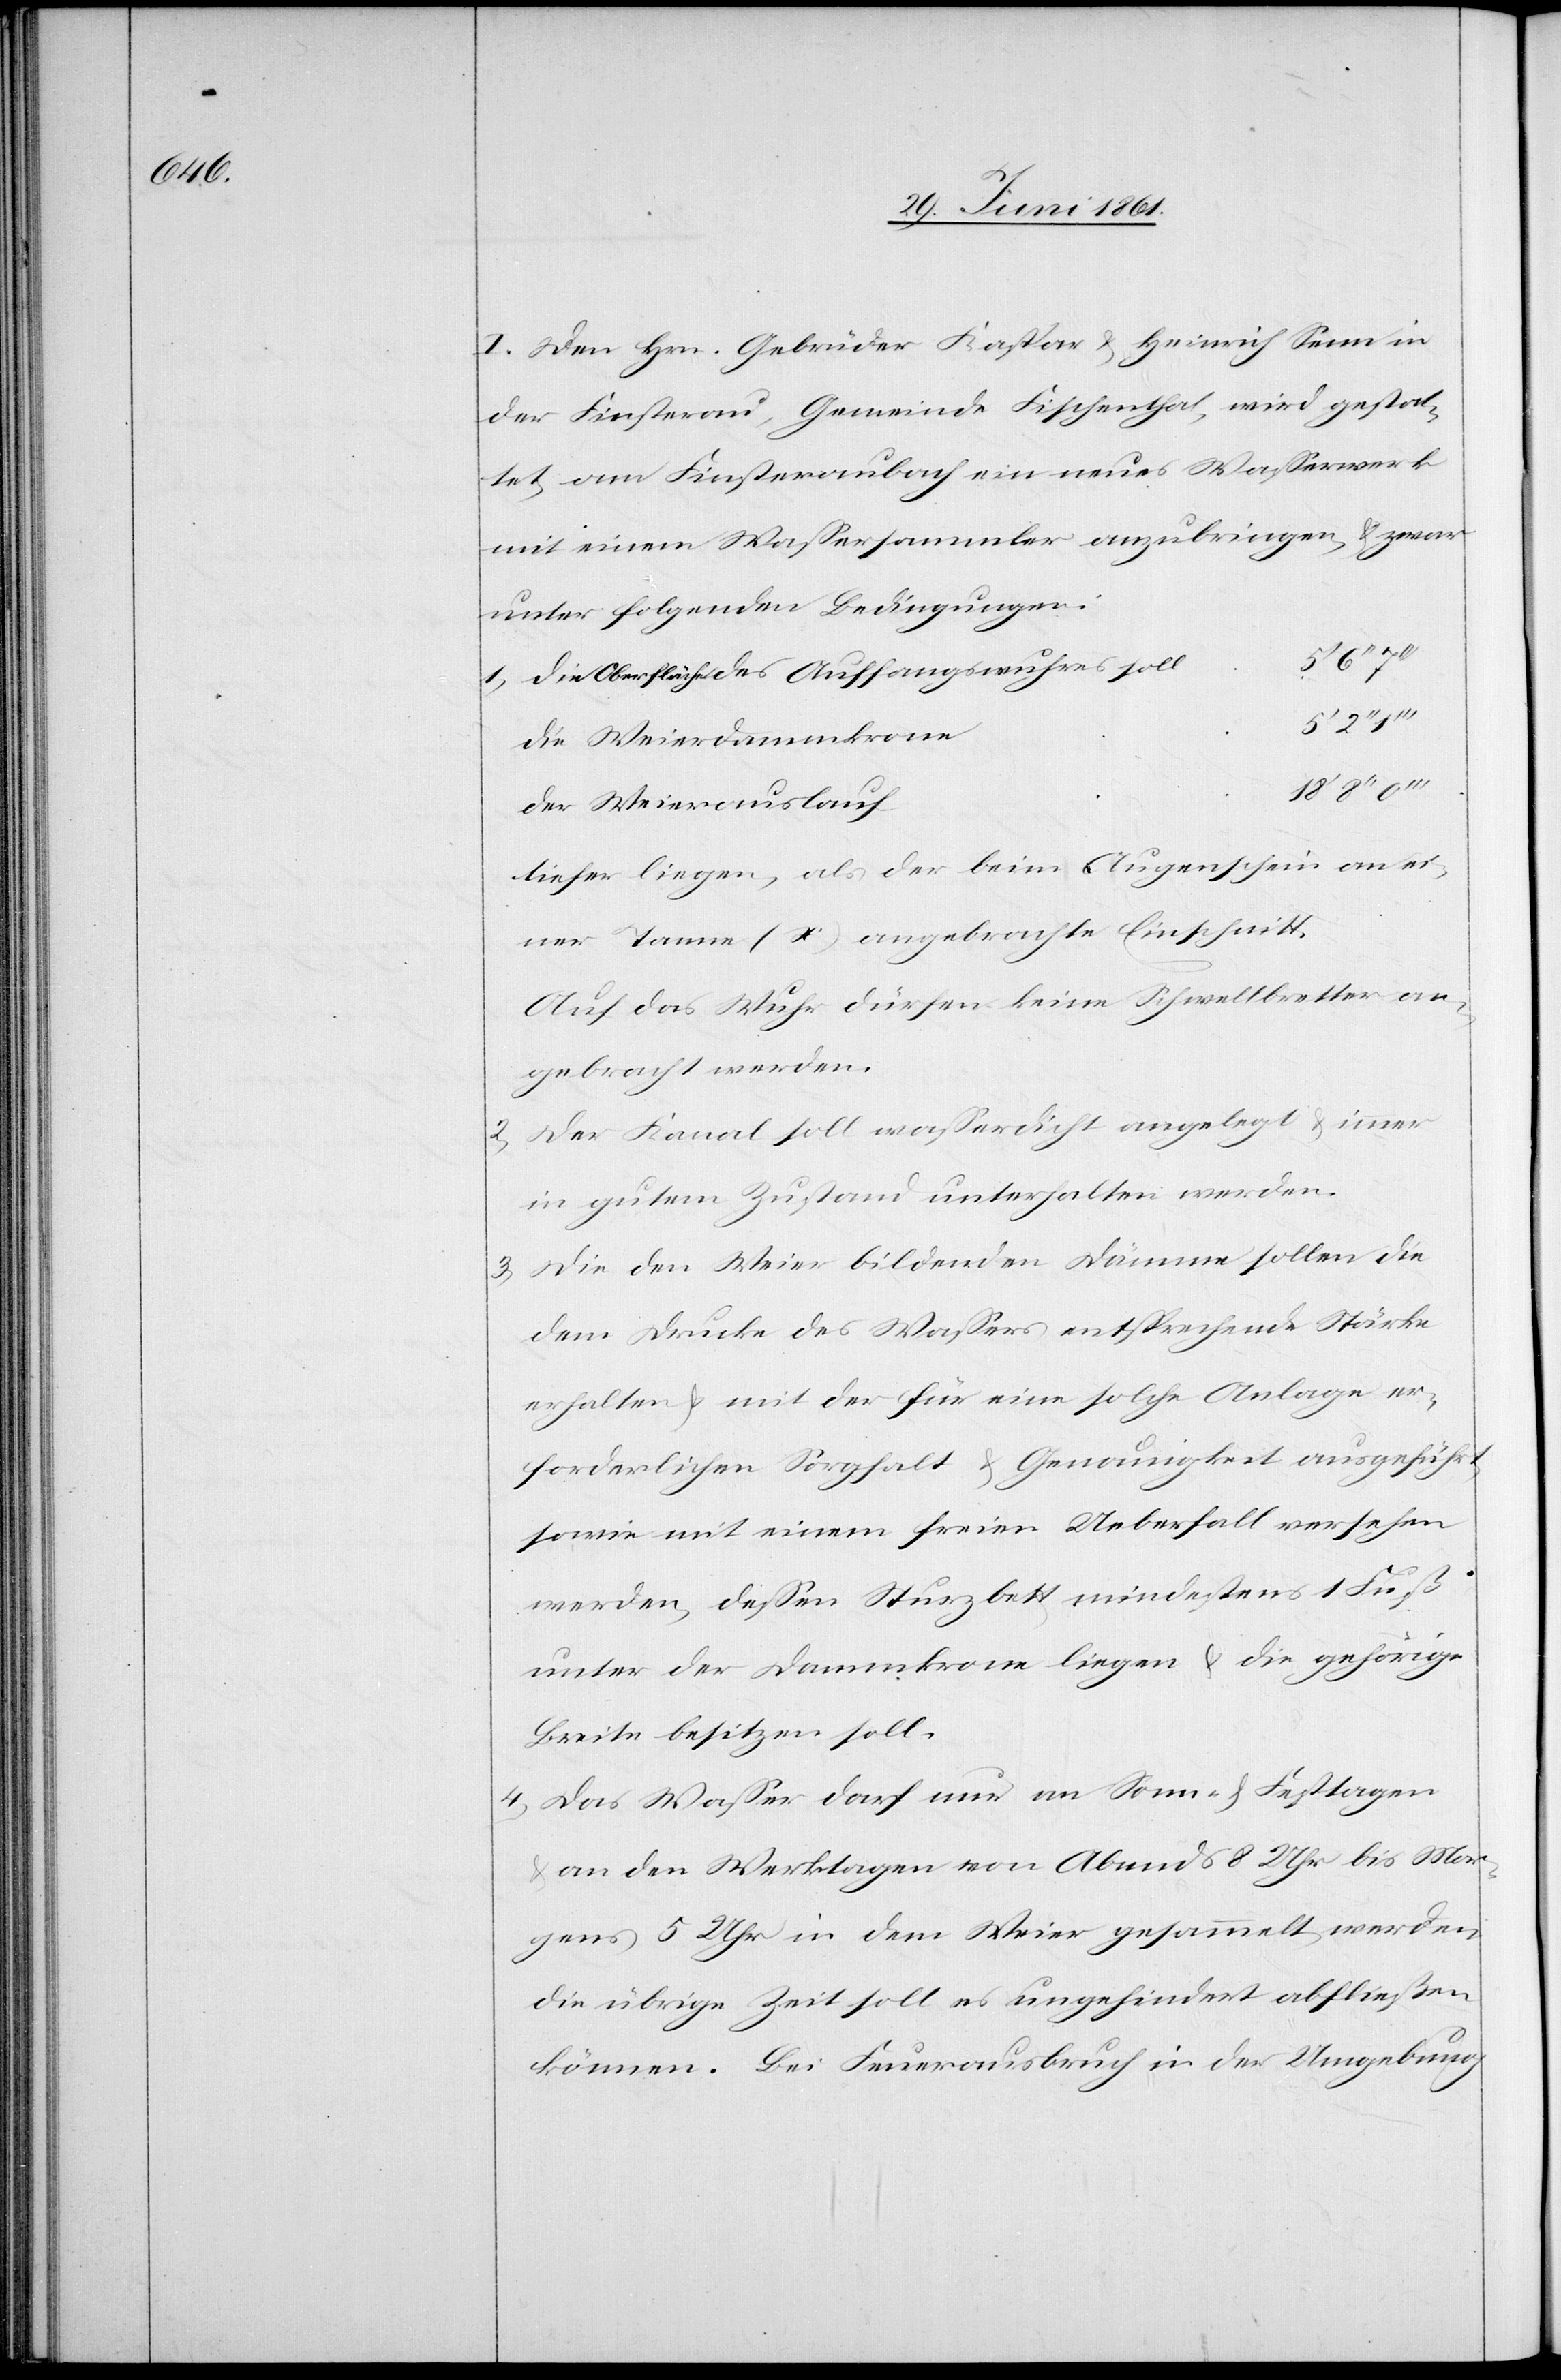
I. Den Hrn. Gebrüder Kaspar u. Heinrich Senn in
der Finsterau, Gemeinde Fischenthal, wird gestat¬
tet, am Finsteraubach ein neues Wasserwerk
mit einem Wassersammler anzubringen, u. zwar
unter folgenden Bedingungen:
1. Die Oberfläche des Auffangswuhres soll
Die Weierdammkrone
Der Weierauslauf
tiefer liegen, als der beim Augenschein an ei¬
ner Tanne (X) angebrachte Einschnitt.
Auf das Wuhr dürfen keine Schwellbretter an¬
gebracht werden.
2. Der Kanal soll wasserdicht angelegt u. immer
in gutem Zustand unterhalten werden.
3. Die den Weier bildenden Dämme sollen die
dem Drucke des Wassers entsprechende Stärke
erhalten u. mit der für eine solche Anlage er¬
forderlichen Sorgfalt u. Genauigkeit ausgeführt
sowie mit einem freien Ueberfall versehen
werden, dessen Sturzbett mindestens 1 Fuß
unter der Dammkrone liegen u. die gehörige
Breite besitzen soll.
4. Das Wasser darf nur an Sonn- u. Festtagen
an den Werktagen von Abends 8 Uhr bis Mor¬
gens 5 Uhr in dem Weier gesammelt werden,
die übrige Zeit soll es ungehindert abfließen
können. Bei Feuerausbruch in der Umgebung